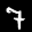
Label: 7